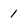
Character: 1